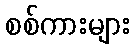
စစ်ကားများ